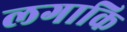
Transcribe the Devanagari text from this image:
लगाकि